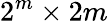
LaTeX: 2^{m}\times 2m